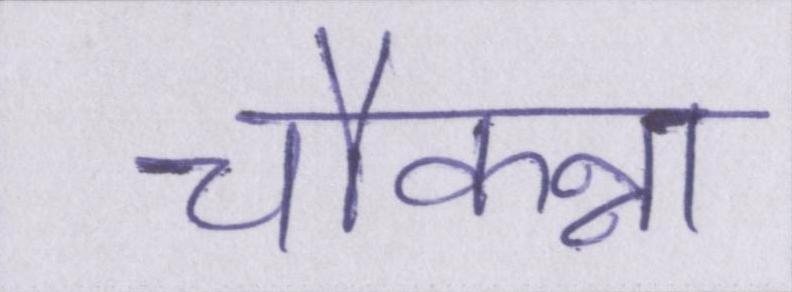
चौकन्ना